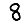
Digit: 8